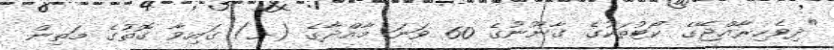
"ދިވެހިރާއްޖޭގެ ކޯޓުތަކުގެ ގާނޫނުގެ 60 ވަނަ މާއްދާގެ (ށ) ގައިވާ ގޮތުގެ މަތިން